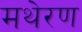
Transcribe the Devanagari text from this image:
मथेरण